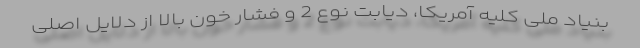
بنیاد ملی کلیه آمریکا، دیابت نوع 2 و فشار خون بالا از دلایل اصلی